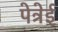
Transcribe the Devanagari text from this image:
पेत्रेई